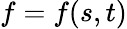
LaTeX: f=f(s,t)